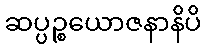
ဆပ္ပဉ္စယောဇနာနိပိ